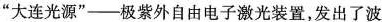
”大连光源”——极紫外自由电子激光装置，发出了波